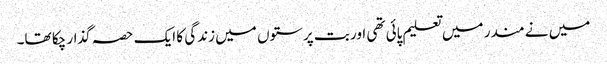
میں نے مندر میں تعلیم پائی تھی اور بت پرستوں میں زندگی کا ایک حصہ گذار چکا تھا۔